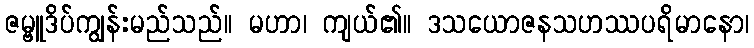
ဇမ္ဗူဒိပ်ကျွန်းမည်သည်။ မဟာ၊ ကျယ်၏။ ဒသယောဇနသဟဿပရိမာနော၊